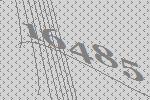
16485